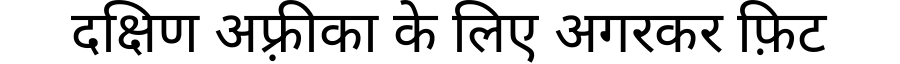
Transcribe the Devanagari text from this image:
दक्षिण अफ़्रीका के लिए अगरकर फ़िट